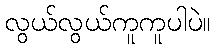
လွယ်လွယ်ကူကူပါပဲ။